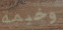
وخيمة